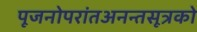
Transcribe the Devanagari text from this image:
पूजनोपरांतअनन्तसूत्रको